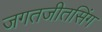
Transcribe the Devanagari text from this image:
जगतजीतसिंग